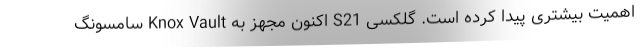
اهمیت بیشتری پیدا کرده است. گلکسی S21 اکنون مجهز به Knox Vault سامسونگ